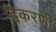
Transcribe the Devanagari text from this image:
द्विकरणी